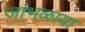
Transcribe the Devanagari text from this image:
जांभळाया